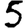
Digit: 5